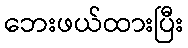
ဘေးဖယ်ထားပြီး